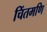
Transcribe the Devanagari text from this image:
चिंतमणि